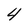
Character: 4